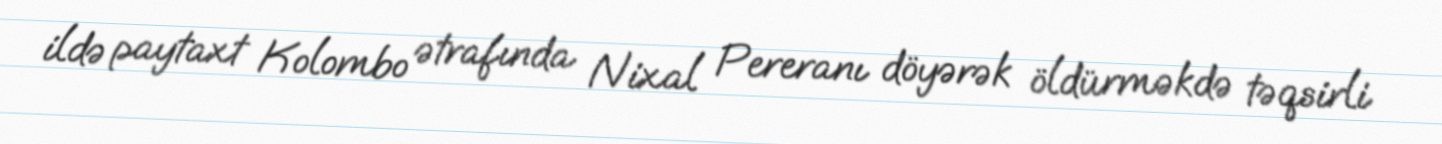
ildə paytaxt Kolombo ətrafında Nixal Pereranı döyərək öldürməkdə təqsirli